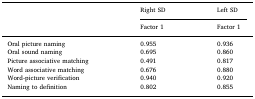
| <ROWSPAN=2>  | Right SD | Left SD |
 | Factor 1 | Factor 1 |
 | --- | --- | --- |
 | Oral picture naming | 0.955 | 0.936 |
 | Oral sound naming | 0.695 | 0.860 |
 | Picture associative matching | 0.491 | 0.817 |
 | Word associative matching | 0.676 | 0.880 |
 | Word-picture verification | 0.940 | 0.920 |
 | Naming to definition | 0.802 | 0.855 |